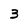
Character: 3